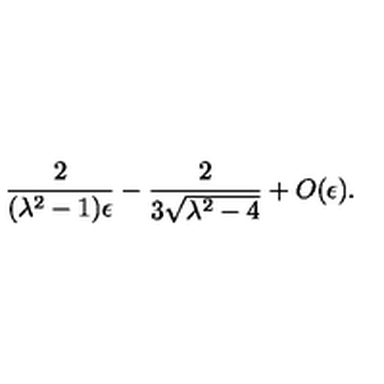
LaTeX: { \frac { 2 } { ( \lambda ^ { 2 } - 1 ) \epsilon } } - { \frac { 2 } { 3 \sqrt { \lambda ^ { 2 } - 4 } } } + O ( \epsilon ) .